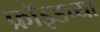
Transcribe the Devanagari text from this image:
फ्रॉइडच्या